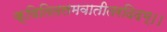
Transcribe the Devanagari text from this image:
क्षितितलमवातीतरदिदम्।।